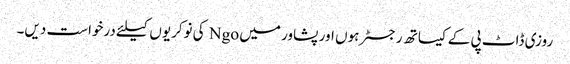
روزی ڈاٹ پی کے کیساتھ رجسٹر ہوں اور پشاور میں Ngo کی نوکریوں کیلئے درخواست دیں۔